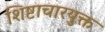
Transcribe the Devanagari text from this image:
शिष्टाचारयुक्त